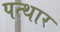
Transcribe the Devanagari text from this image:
पत्थार